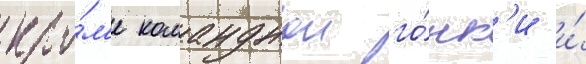
кро́м'е команднои го́нк'и и́